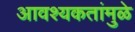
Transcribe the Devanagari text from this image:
आवश्यकतांमुळे